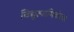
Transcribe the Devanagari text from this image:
विद्युत्यामिकीचा